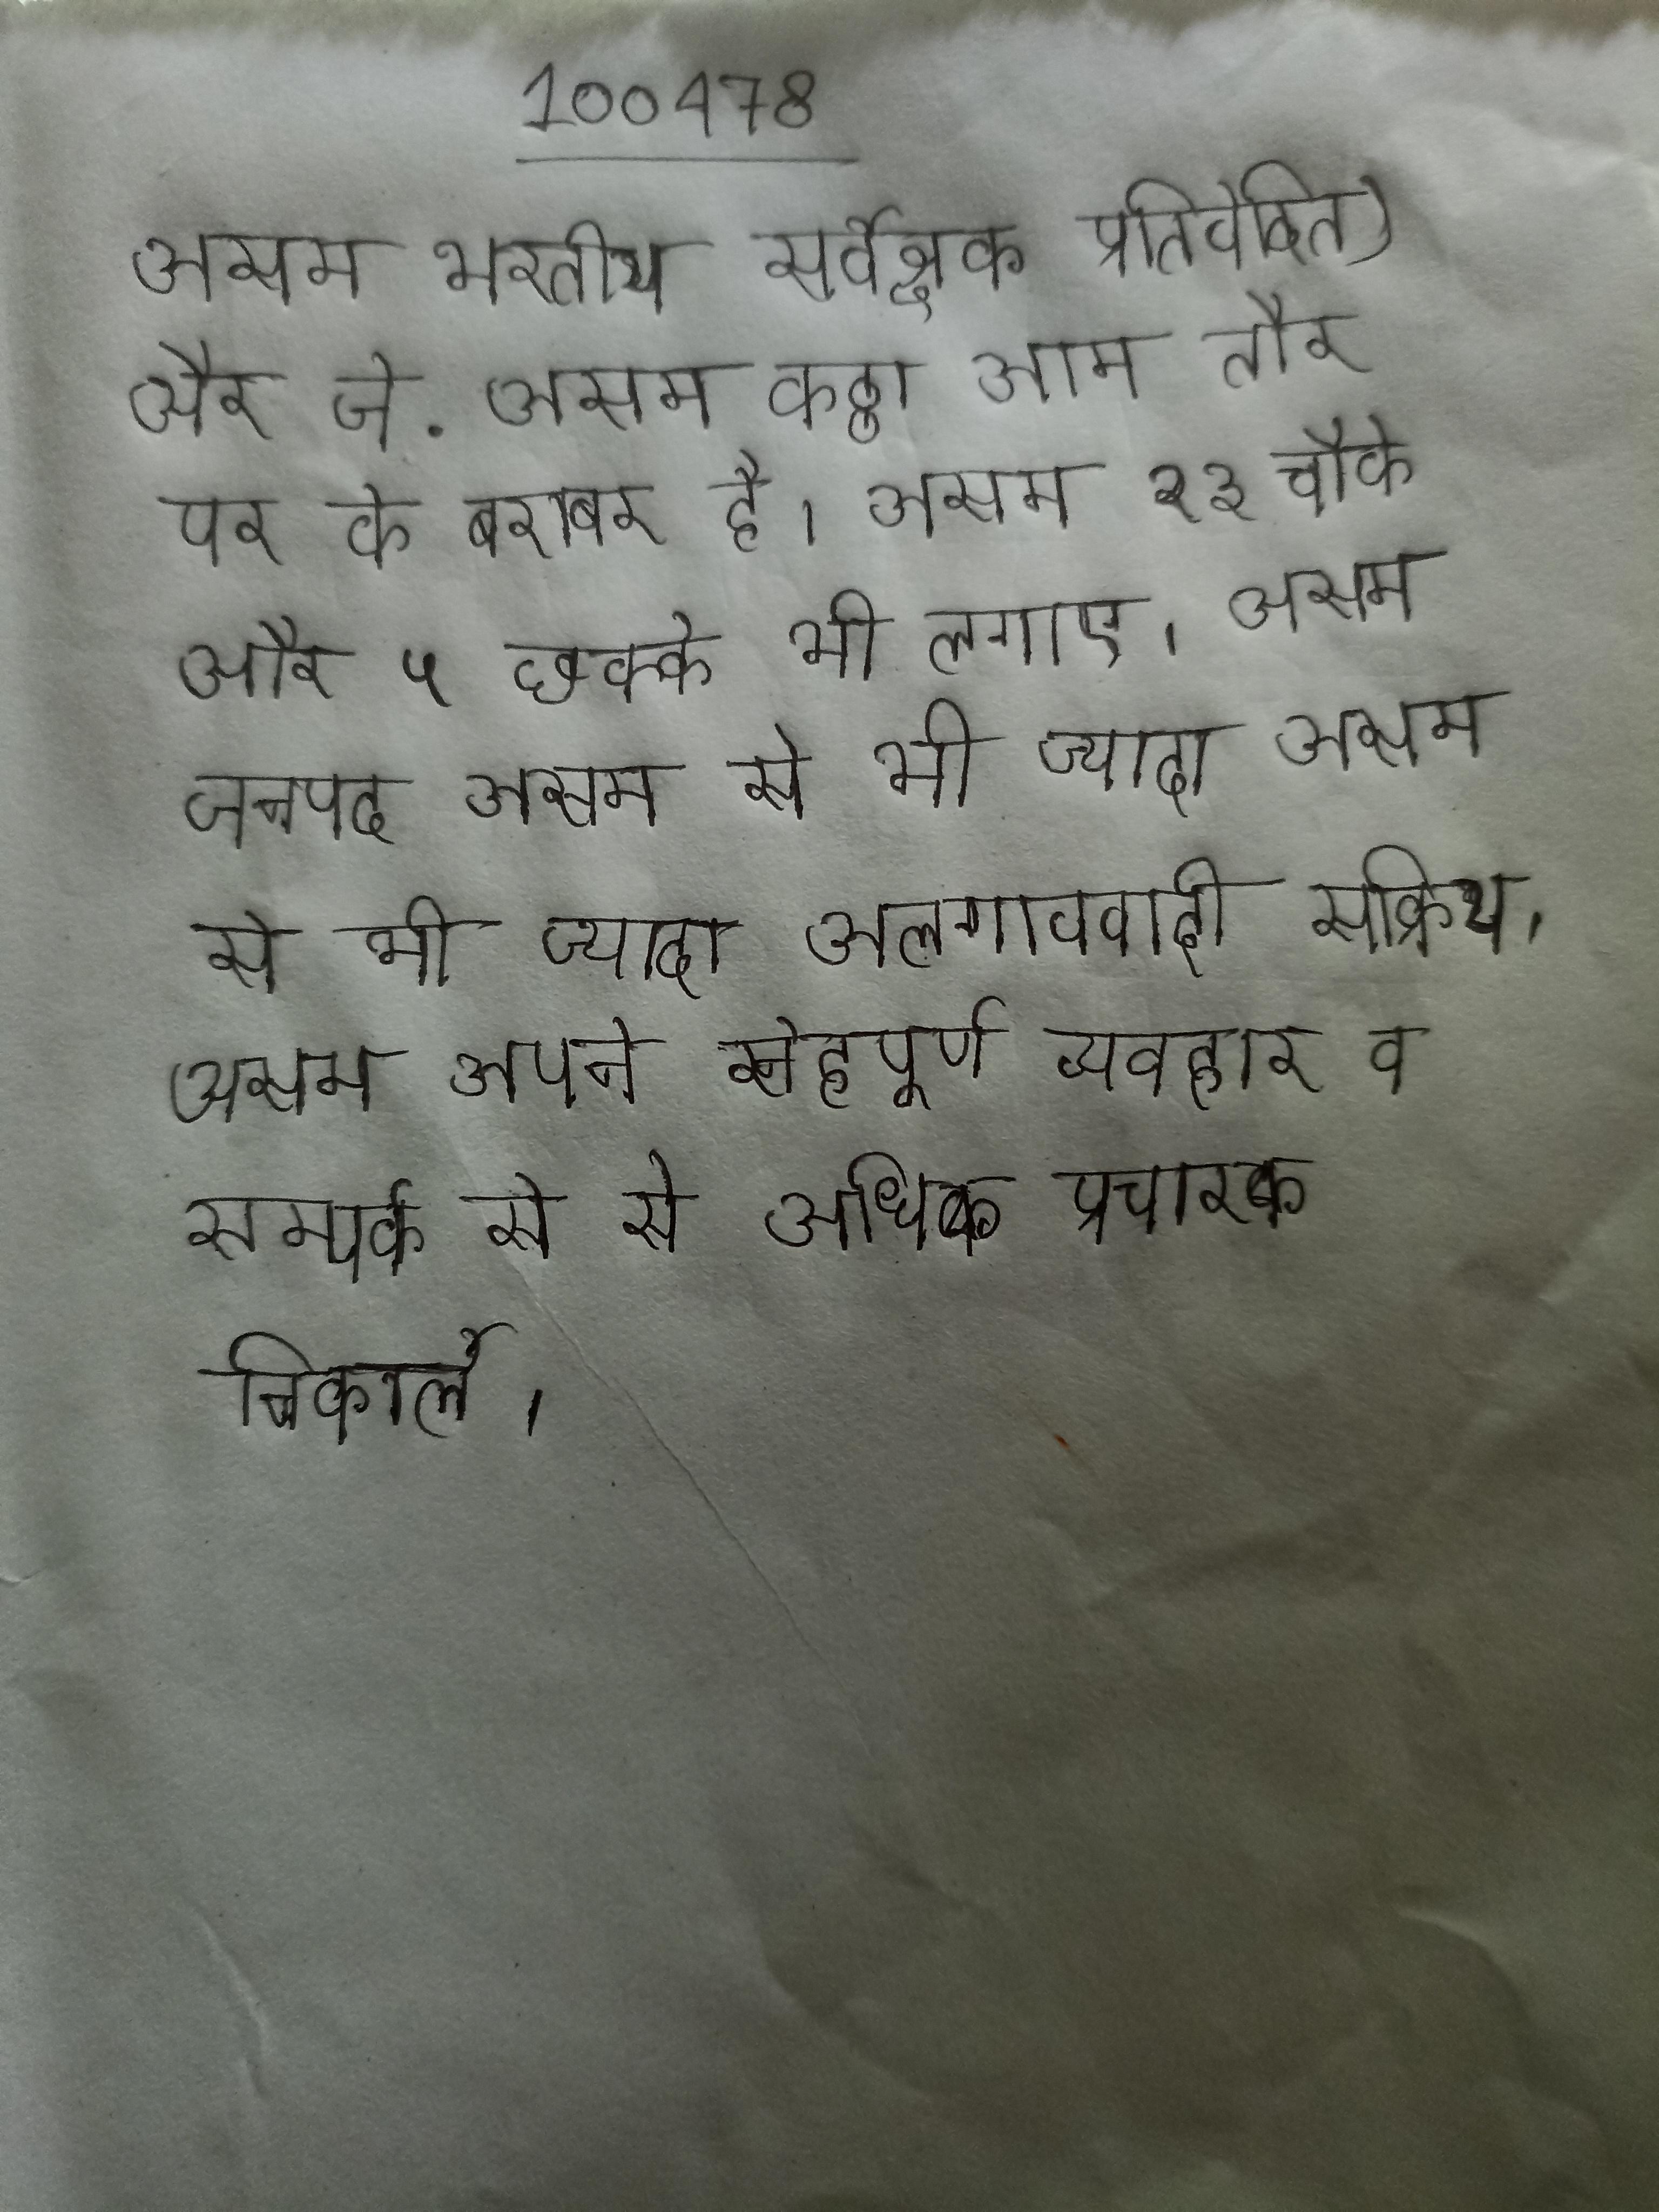
असम भारतीय सर्वेक्षक प्रतिवेदित) और जे . असम कठ्ठा आम तौर पर के बराबर है । असम २३ चौके और ५ छक्के भी लगाए । असम जनपद असम से भी ज्यादा अलगाववादी सक्रिय । असम अपने स्नेहपूर्ण व्यवहार व सम्पर्क से से अधिक प्रचारक निकाले ।